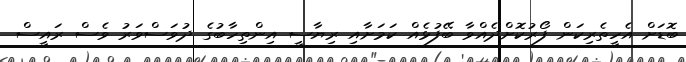
ބޮޑަށް އެހީތެރިކަން ފޯރުކޮށްދެއްވާ ބޭފުޅެއް ކަމަށާއި ރިޔާސީ އިންތިހާބުގެ ދުވަސްވަރު ވެސް ރައީސް